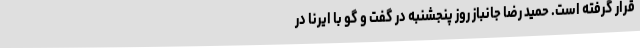
قرار گرفته است. حمید رضا جانباز روز پنجشنبه در گفت و گو با ایرنا در